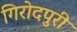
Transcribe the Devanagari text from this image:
गिरोदपुरी